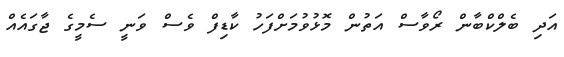
އަދި ބެލްކްބާން ރޯވާސް އަތުން މޮޅުވުމަށްފަހު ކާޑިފް ވެސް ވަނީ ސެމީގެ ޖާގައެއް